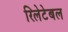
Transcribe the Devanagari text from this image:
रिलेटेबल